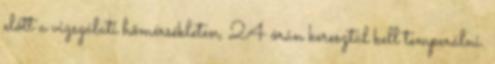
elõtt a vizsgálati hõmérsékleten, 24 órán keresztül kell temperálni.